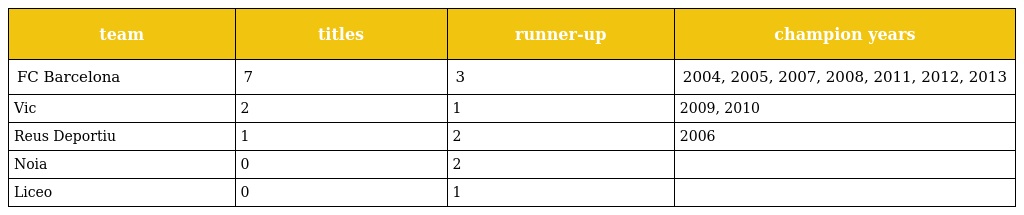
| team | titles | runner-up | champion years |
 | --- | --- | --- | --- |
 | FC Barcelona | 7 | 3 | 2004, 2005, 2007, 2008, 2011, 2012, 2013 |
 | Vic | 2 | 1 | 2009, 2010 |
 | Reus Deportiu | 1 | 2 | 2006 |
 | Noia | 0 | 2 |  |
 | Liceo | 0 | 1 |  |